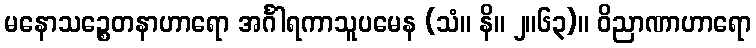
မနောသဉ္စေတနာဟာရော အင်္ဂါရကာသူပမေန (သံ။ နိ။ ၂။၆၃)။ ဝိညာဏာဟာရော